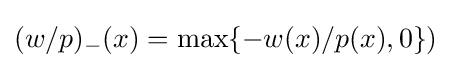
(w/p)_{-}(x)=\max\{-w(x)/p(x),0\})